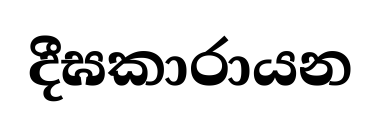
දීඝකාරායන